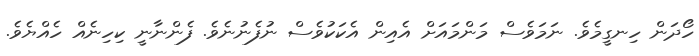
ހޯދަން ހިނގީމެވެ. ނަމަވެސް މަންމައަށް އެއިން އެކަކުވެސް ނުފެނުނެވެ. ފެންނާނީ ކިހިނެއް ހެއްޔެވެ.